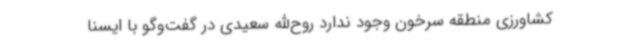
کشاورزی منطقه سرخون وجود ندارد روح‌الله سعیدی در گفت‌وگو با ایسنا